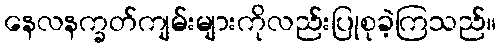
နေလနက္ခတ်ကျမ်းများကိုလည်းပြုစုခဲ့ကြသည်။